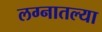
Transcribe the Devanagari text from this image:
लग्नातल्या